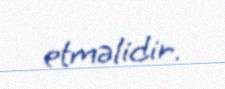
etməlidir.